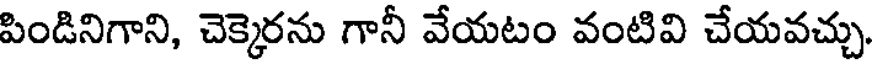
పిండినిగాని, చెక్కెరను గానీ వేయటం వంటివి చేయవచ్చు.